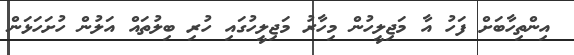
އިންތިހާބަށް ފަހު އާ މަޖިލީހުން މިހާރު މަޖިލީހުގައި ހުރި ބިލުތައް އަލުން ހުށަހަޅަން